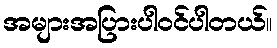
အများအပြားပါဝင်ပါတယ်။